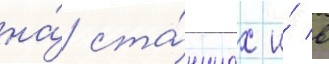
на́ ста́нциах и́ в